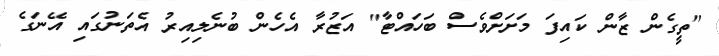
"ތީގެން ޒާން ކައިފަ މަށަށްވެސް ބަހައްޓާ" އަޒުރާ އެހެން ބުނެލިއިރު އެތަނުގައި އޭނަގެ